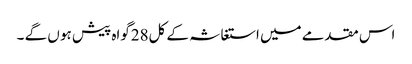
اس مقدمے میں استغاثہ کے کل28گواہ پیش ہو ں گے ۔